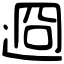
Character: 䢛